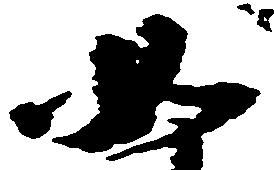
如